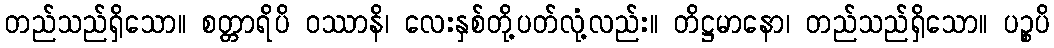
တည်သည်ရှိသော။ စတ္တာရိပိ ဝဿာနိ၊ လေးနှစ်တို့ပတ်လုံ့လည်း။ တိဋ္ဌမာနော၊ တည်သည်ရှိသော။ ပဉ္စပိ